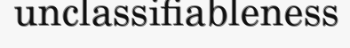
unclassifiableness